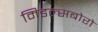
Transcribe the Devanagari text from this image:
मिडल्सबोरो